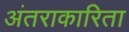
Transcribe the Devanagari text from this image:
अंतराकारिता